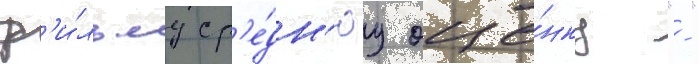
ф'и́льму ср'е́дн'юу оце́нку "-"